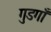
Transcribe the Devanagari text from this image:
गुडगाँ